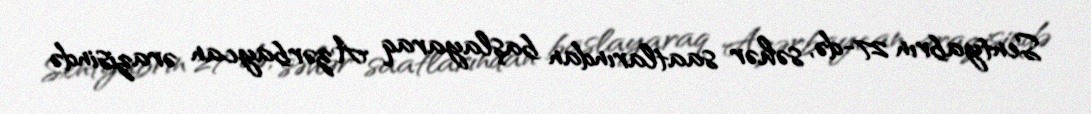
Sentyabrın 27-də, səhər saatlarından başlayaraq Azərbaycan ərazisində